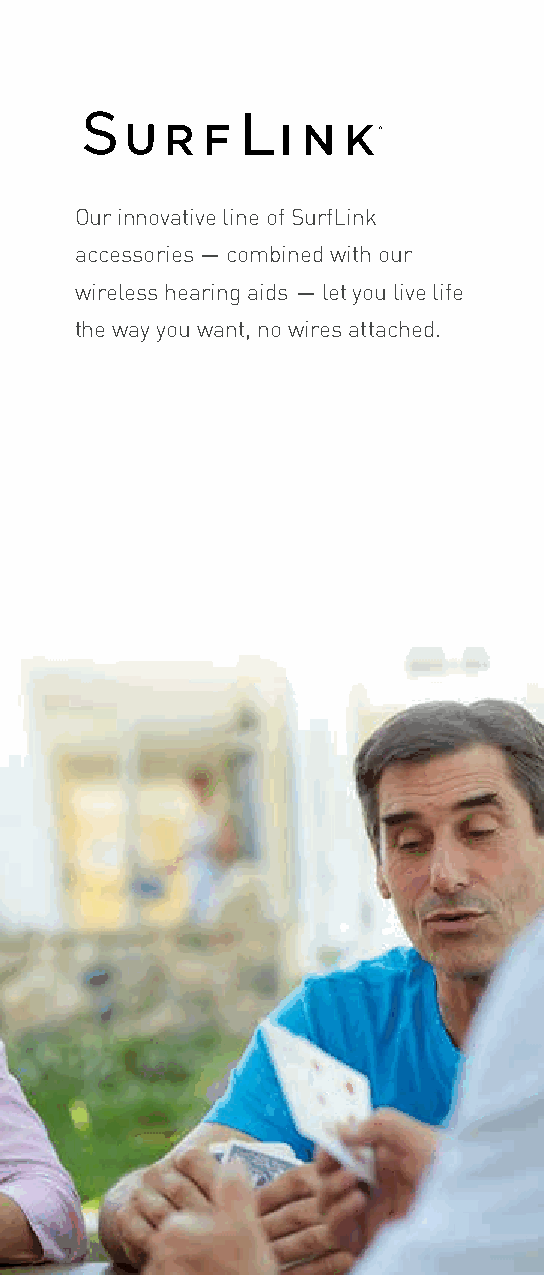
Our innovative line of SurfLink
 accessories — combined with our
 wireless hearing aids — let you live life
 the way you want, no wires attached.